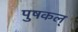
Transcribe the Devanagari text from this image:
पुषकल्